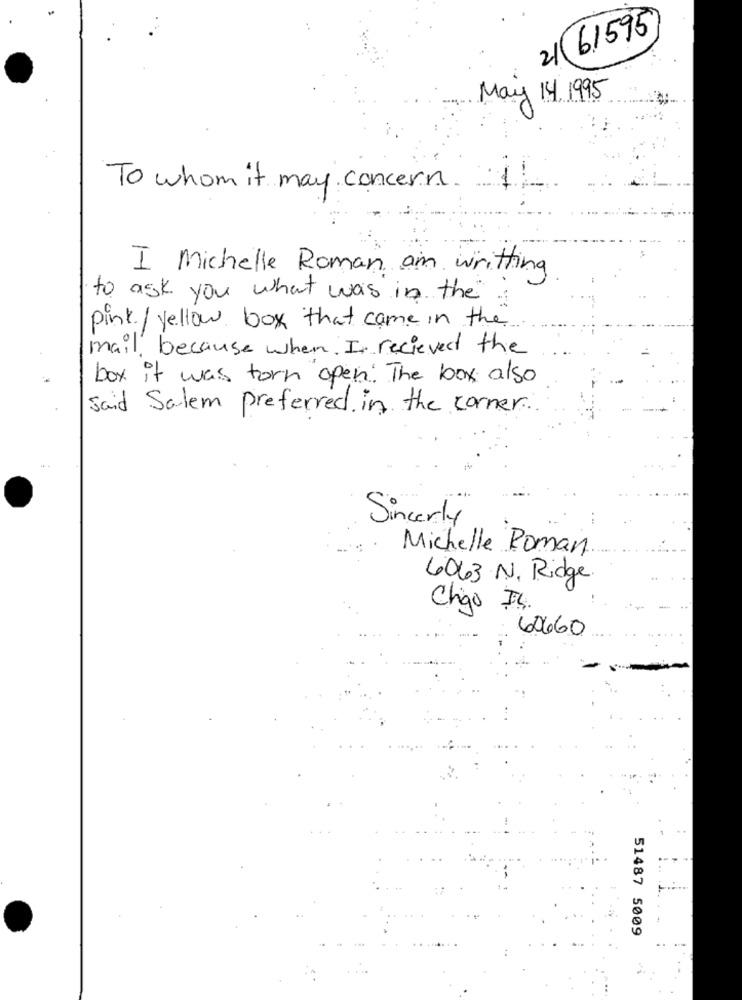
61595
2
May 14. 1995
To whom it may concern
I Michelle Roman am writting
to ask you what was in the
pink./ yellow box that came in the.
mail, because when I recieved the
box it was torn open. The box also
said Salem preferred in the corner.
Sincerly
Michelle Roman
6063 N. Ridge
Chigo In.
60660
51487 5009